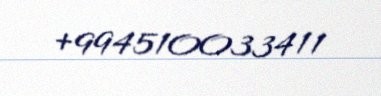
+994510033411